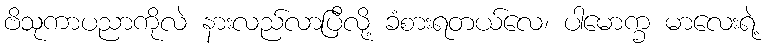
ဗိသုကာပညာကိုလဲ နားလည်လာပြီလို့ ခံစားရတယ်လေ၊ ပါမောက္ခ မာလေးရဲ့